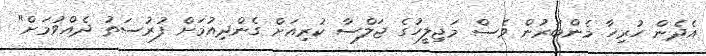
އެދެން ހުރިހާ މެންބަރުން ވެސް މަޖިލީހުގެ ޖަލްސާ ކުރިއަށް ގެންދިއުމަށް ފުރުސަތު ދެއްވުމަށް"